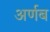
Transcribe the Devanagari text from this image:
अर्णब